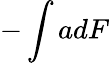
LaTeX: -\int adF